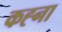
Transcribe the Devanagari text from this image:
कह्ना